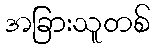
အခြားသူတစ်